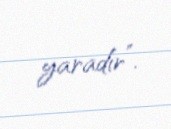
yaradır”.